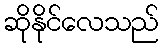
ဆိုနိုင်လေသည်